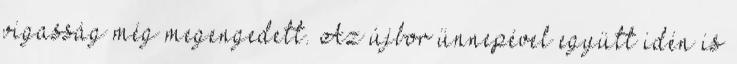
vigasság még megengedett. Az újbor ünnepével együtt idén is